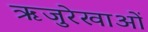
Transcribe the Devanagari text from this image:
ऋजुरेखाओं